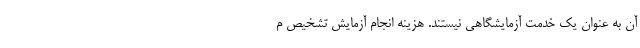
آن به عنوان یک خدمت آزمایشگاهی نیستند. هزینه انجام آزمایش تشخیص م